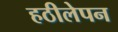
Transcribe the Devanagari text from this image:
हठीलेपन